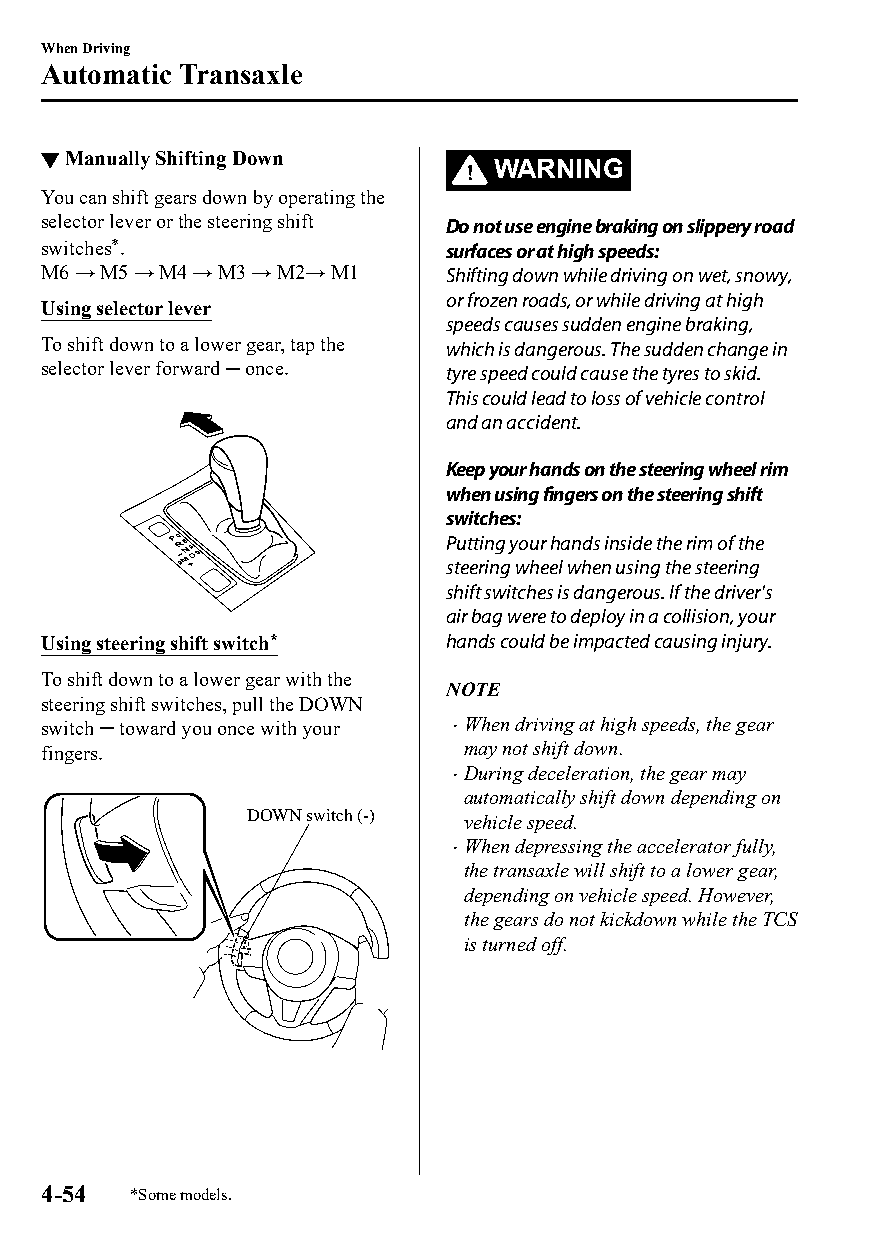
When Driving
 Automatic Transaxle
 ▼Manually Shifting Down
 WARNING
 You can shift gears down by operating the
 selector lever or the steering shift Do not use engine braking on slippery road
 switches*.                 surfaces or at high speeds:
 M6 → M5 → M4 → M3 → M2→ M1 Shifting down while driving on wet, snowy,
 or frozen roads, or while driving at high
 Using selector lever
 speeds causes sudden engine braking,
 To shift down to a lower gear, tap the which is dangerous. The sudden change in
 selector lever forward once. tyre speed could cause the tyres to skid.
 This could lead to loss of vehicle control
 and an accident.
 Keep your hands on the steering wheel rim
 when using fingers on the steering shift
 switches:
 Putting your hands inside the rim of the
 steering wheel when using the steering
 shift switches is dangerous. If the driver's
 air bag were to deploy in a collision, your
 Using steering shift switch* hands could be impacted causing injury.
 To shift down to a lower gear with the
 NOTE
 steering shift switches, pull the DOWN
 switch toward you once with your When driving at high speeds, the gear
 fingers.                    may not shift down.
 During deceleration, the gear may
 automatically shift down depending on
 DOWN switch (-) vehicle speed.
 When depressing the accelerator fully,
 
 the transaxle will shift to a lower gear,
 depending on vehicle speed. However,
 the gears do not kickdown while the TCS
 is turned off.
 4-54  *Some models.
 CX-3_8GT4-EE-18D_Edition4                  2018-9-6 18:32:19